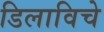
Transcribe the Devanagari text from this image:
डिलाविचे